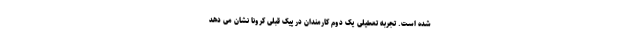
شده است. تجربه تعطیلی یک دوم کارمندان در پیک قبلی کرونا نشان می دهد